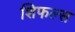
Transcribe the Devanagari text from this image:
शिफल्स